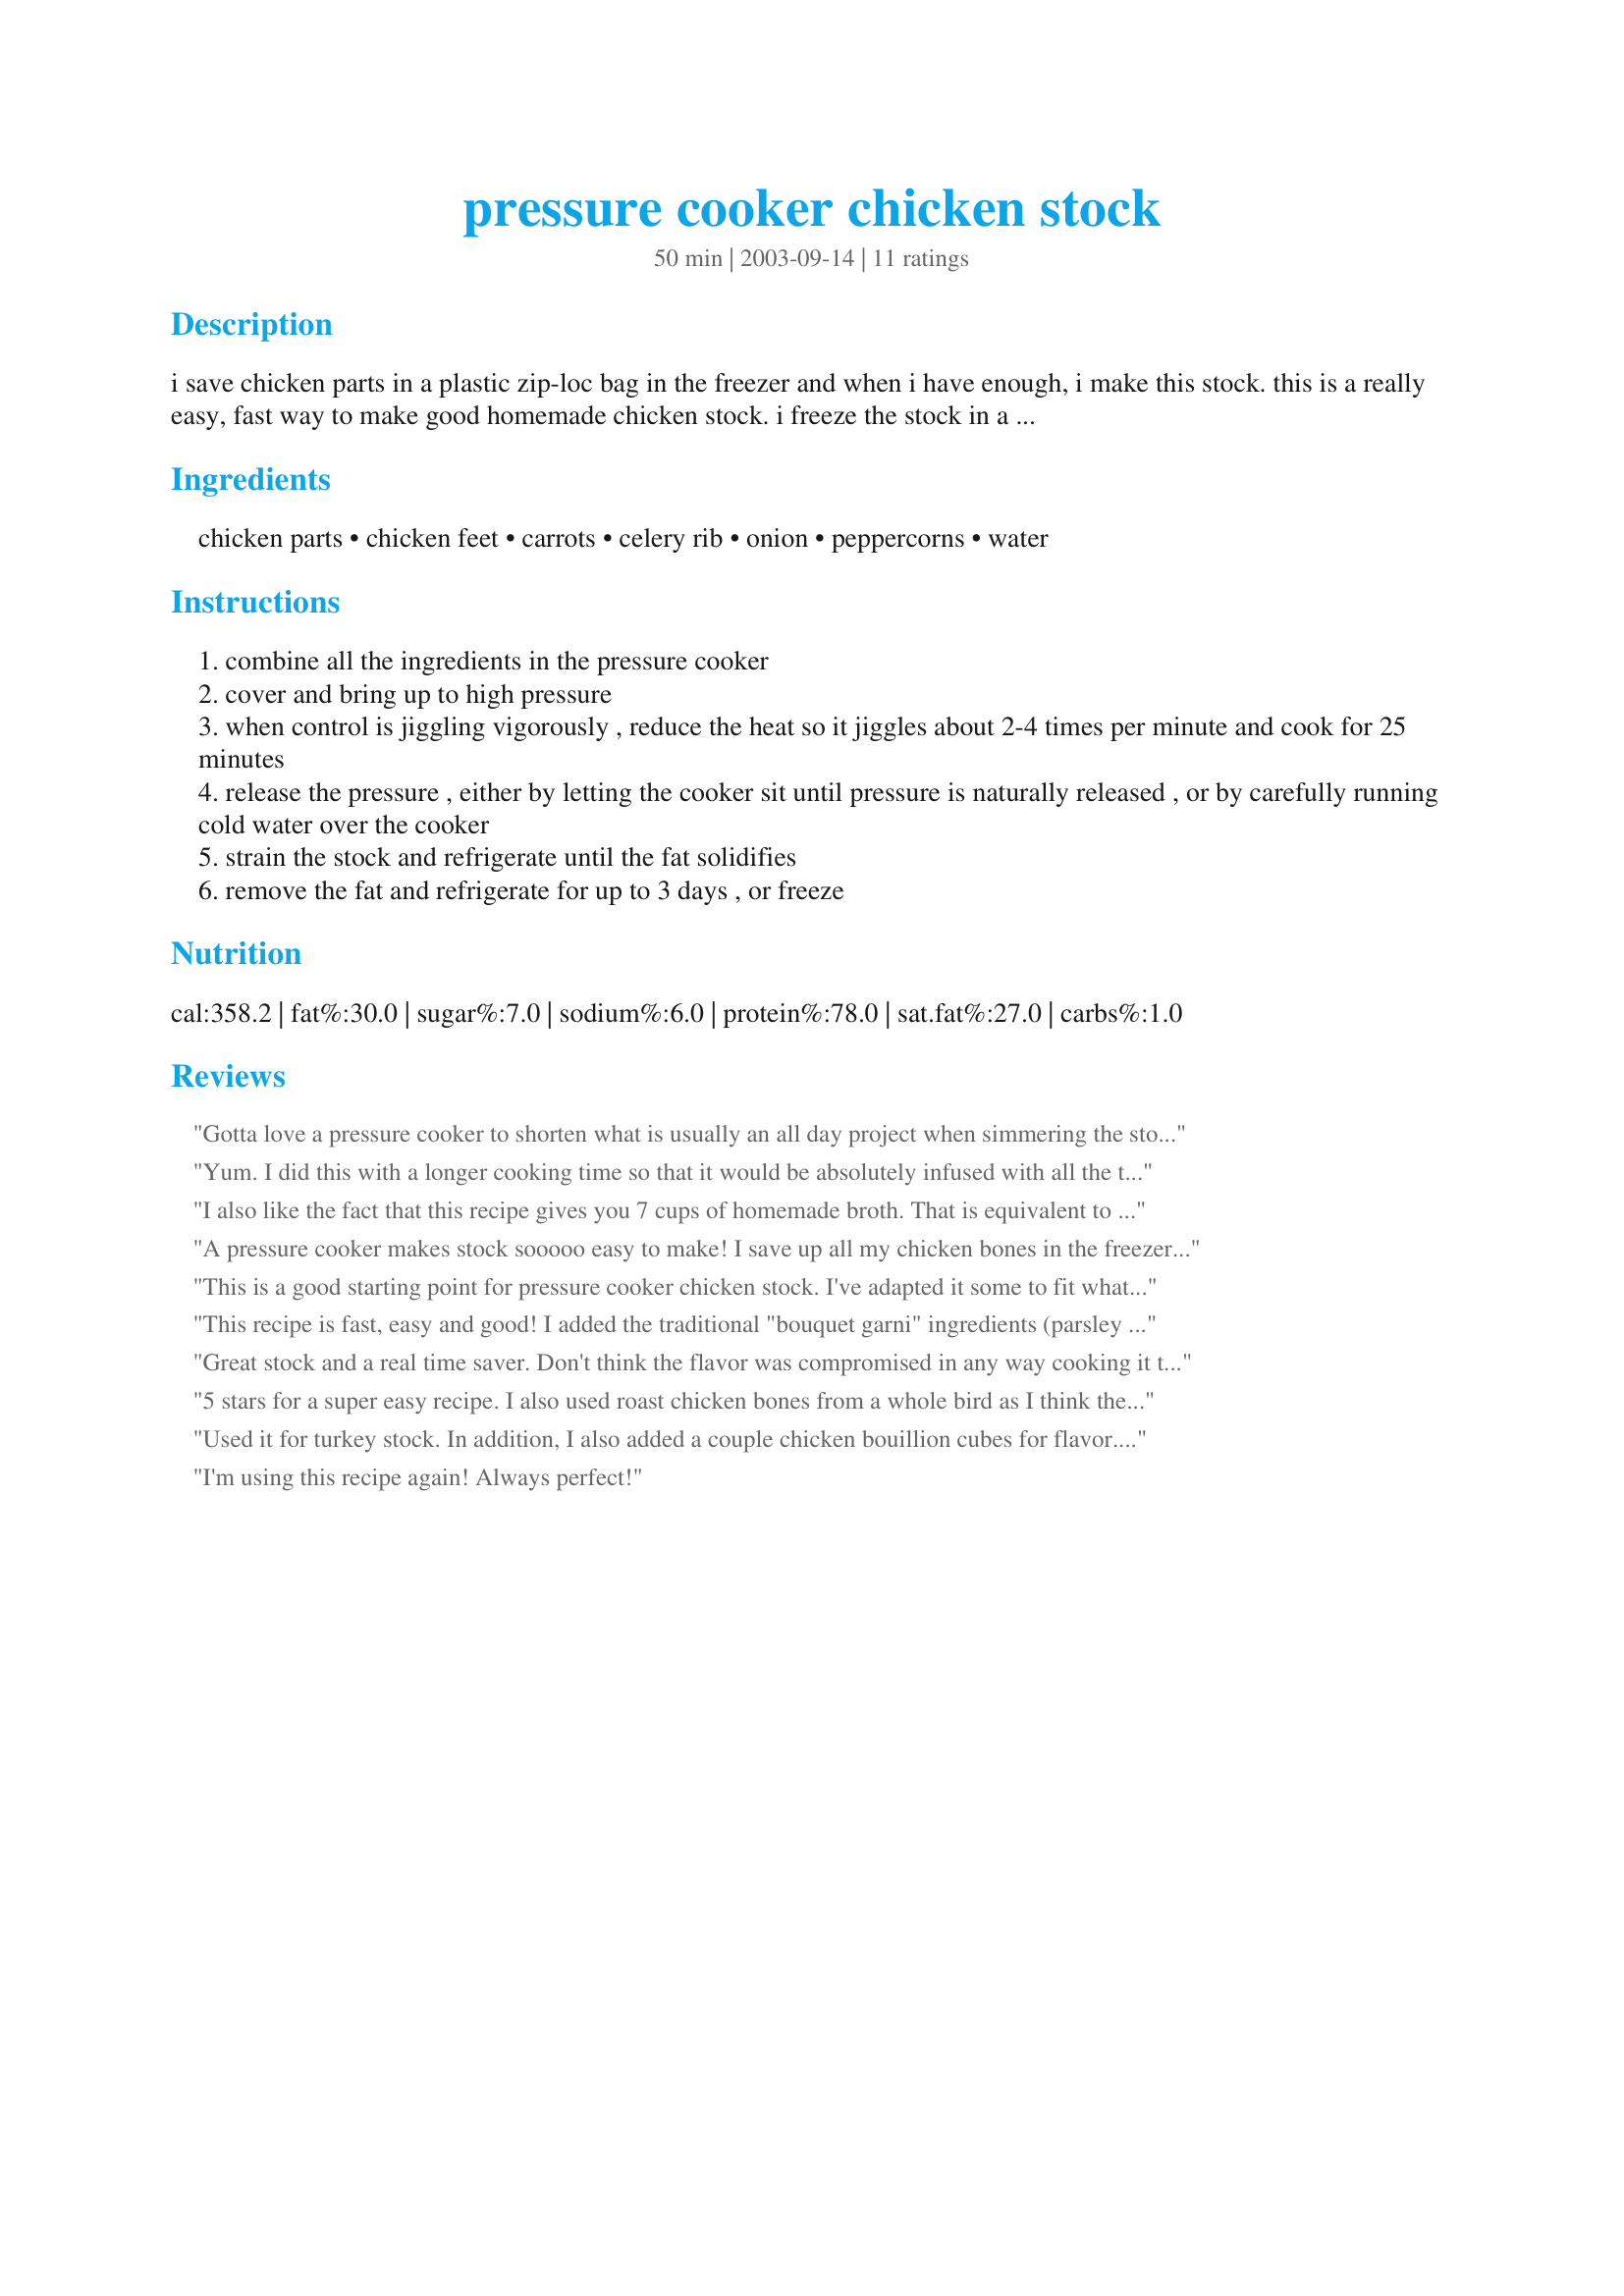
pressure cooker chicken stock
Preparation time: 50 minutes

i save chicken parts in a plastic zip-loc bag in the freezer and when i have enough, i make this stock. this is a really easy, fast way to make good homemade chicken stock. i freeze the stock in a variety of amounts; ice cube sized, one cup and 2 quarts.

Ingredients:
chicken parts, chicken feet, carrots, celery rib, onion, peppercorns, water

Steps:
combine all the ingredients in the pressure cooker
cover and bring up to high pressure
when control is jiggling vigorously , reduce the heat so it jiggles about 2-4 times per minute and cook for 25 minutes
release the pressure , either by letting the cooker sit until pressure is naturally released , or by carefully running cold water over the cooker
strain the stock and refrigerate until the fat solidifies
remove the fat and refrigerate for up to 3 days , or freeze

Reviews:
Gotta love a pressure cooker to shorten what is usually an all day project when simmering the stock on the stove. 

A helpful hint:
To deepen the chicken flavor, I first roast the chicken parts in a baking pan or roaster, at 350 degrees, until they brown, which takes about 45 minutes to an hour. Then I add the parts and all the drippings into the pressure cooker. I also stir the water into the roasting pan first to pick up any flavors left from the roasted parts, scraping up any bits left stuck to the pan. That "brown stuff" stuck to the bottom of the pan imparts a lot of yummy chicken flavor into the finished stock. I hate wasting flavor.

And Yes! I am glad you specify to leave the onion unpeeled. The skins add a nice flavor and deepen the color of the stock.

Thanks for sharing your recipe, Hey Jude!
Yum. I did this with a longer cooking time so that it would be absolutely infused with all the tastes and really enjoyed it. You can't go wrong with a pressure cooker.
I also like the fact that this recipe gives you 7 cups of homemade broth. That is equivalent to 7 cans of the storebought stuff. A real savings!
A pressure cooker makes stock sooooo easy to make! I save up all my chicken bones in the freezer, and when I have a full bag, I make this recipe. Since it only takes a short time, I don't feel like I have to make gallons at a time to make it worth my time.
This is a good starting point for pressure cooker chicken stock. I've adapted it some to fit what I prefer, and I make my version of it alot. I use the carcass of a roasted chicken (usually my recipe #145070) instead of raw chicken parts. I like the flavor better that way. I peel the carrot, and the onion before quartering, and use a whole palmful of peppercorns. I also add flat leaf parsley and dried bay leaves. I up the water amount to 10 cups, and the cooking time to 40 minutes. That yeilds me 8 cups of stock. I like to freeze it flat 2 cups at a time in quart sized freezer bags. (This is much easier to do if you use a canning funnel to fill the bags.)
I'm only giving this recipe 3 stars as is because I tried it with raw chicken parts, and I found the flavor way too subdued for my taste.
This recipe is fast, easy and good! I added the traditional "bouquet garni" ingredients (parsley stems, cloves, bay leaves and thyme). I have already made this on numerous occasions; it has now become the way I make chicken stock!!
Great stock and a real time saver. Don't think the flavor was compromised in any way cooking it this way..... saved me at least a couple of hours. thanks
5 stars for a super easy recipe. I also used roast chicken bones from a whole bird as I think the flavour deepens a lot. I got seven beakers that hold about one and a half cups each of stock, as I find that the beakers are quicker and easier to get the frozen stock out of than plasic bags. Personal preferance of course. I skipped the chicken feet as my birdie had lost those already when I bought it... Please see my rating system: 5 stars for a great stock recipe that can be adapted to personal taste. Thanks!
Used it for turkey stock. In addition, I also added a couple chicken bouillion cubes for flavor. Unbelievable how much more richer and flavorful it was done in the pressure cooker. It beats all other vessels, hands down!
I'm using this recipe again! Always perfect!
Absolutely the best stock recipe. I added a couple of whole cloves and some dill weed. I thought I was the only one that used chicken feet still? This is how I do stock now.
